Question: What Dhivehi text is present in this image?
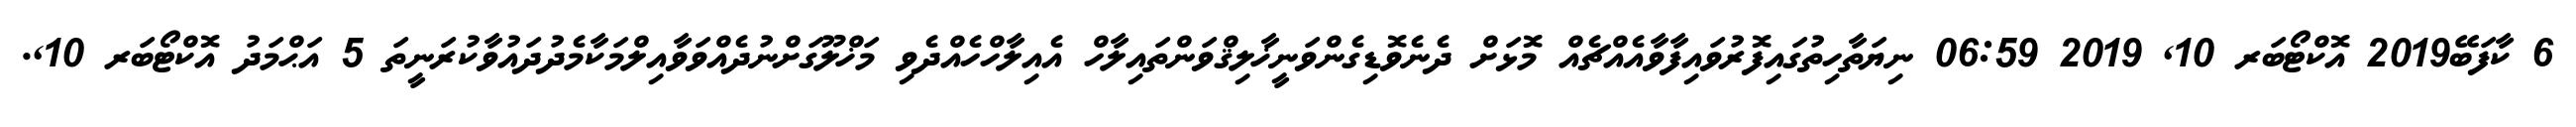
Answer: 6 ކާފަބޭ2019 އޮކްޓޯބަރ 10, 2019 06:59 ނިޔަތާހިތުގައިފޮރުވައިފާވާއެއްޗެއް މޮޅަށް ދެނެވޮޑިގެންވަނީޚާލިޤްވަންތައިލާހް އެއިލާހްހެއްދެވި މަޚްލޫގަށްނުދެއްވަވާއިލްމަކާމެދުދައުވާކުރަނީތަ 5 އަޙްމަދު އޮކްޓޯބަރ 10,.